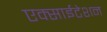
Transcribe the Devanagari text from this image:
एक्साईटेशन